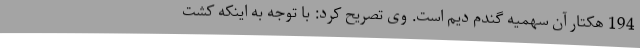
194 هکتار آن سهمیه گندم دیم است. وی تصریح کرد: با توجه به اینکه کشت